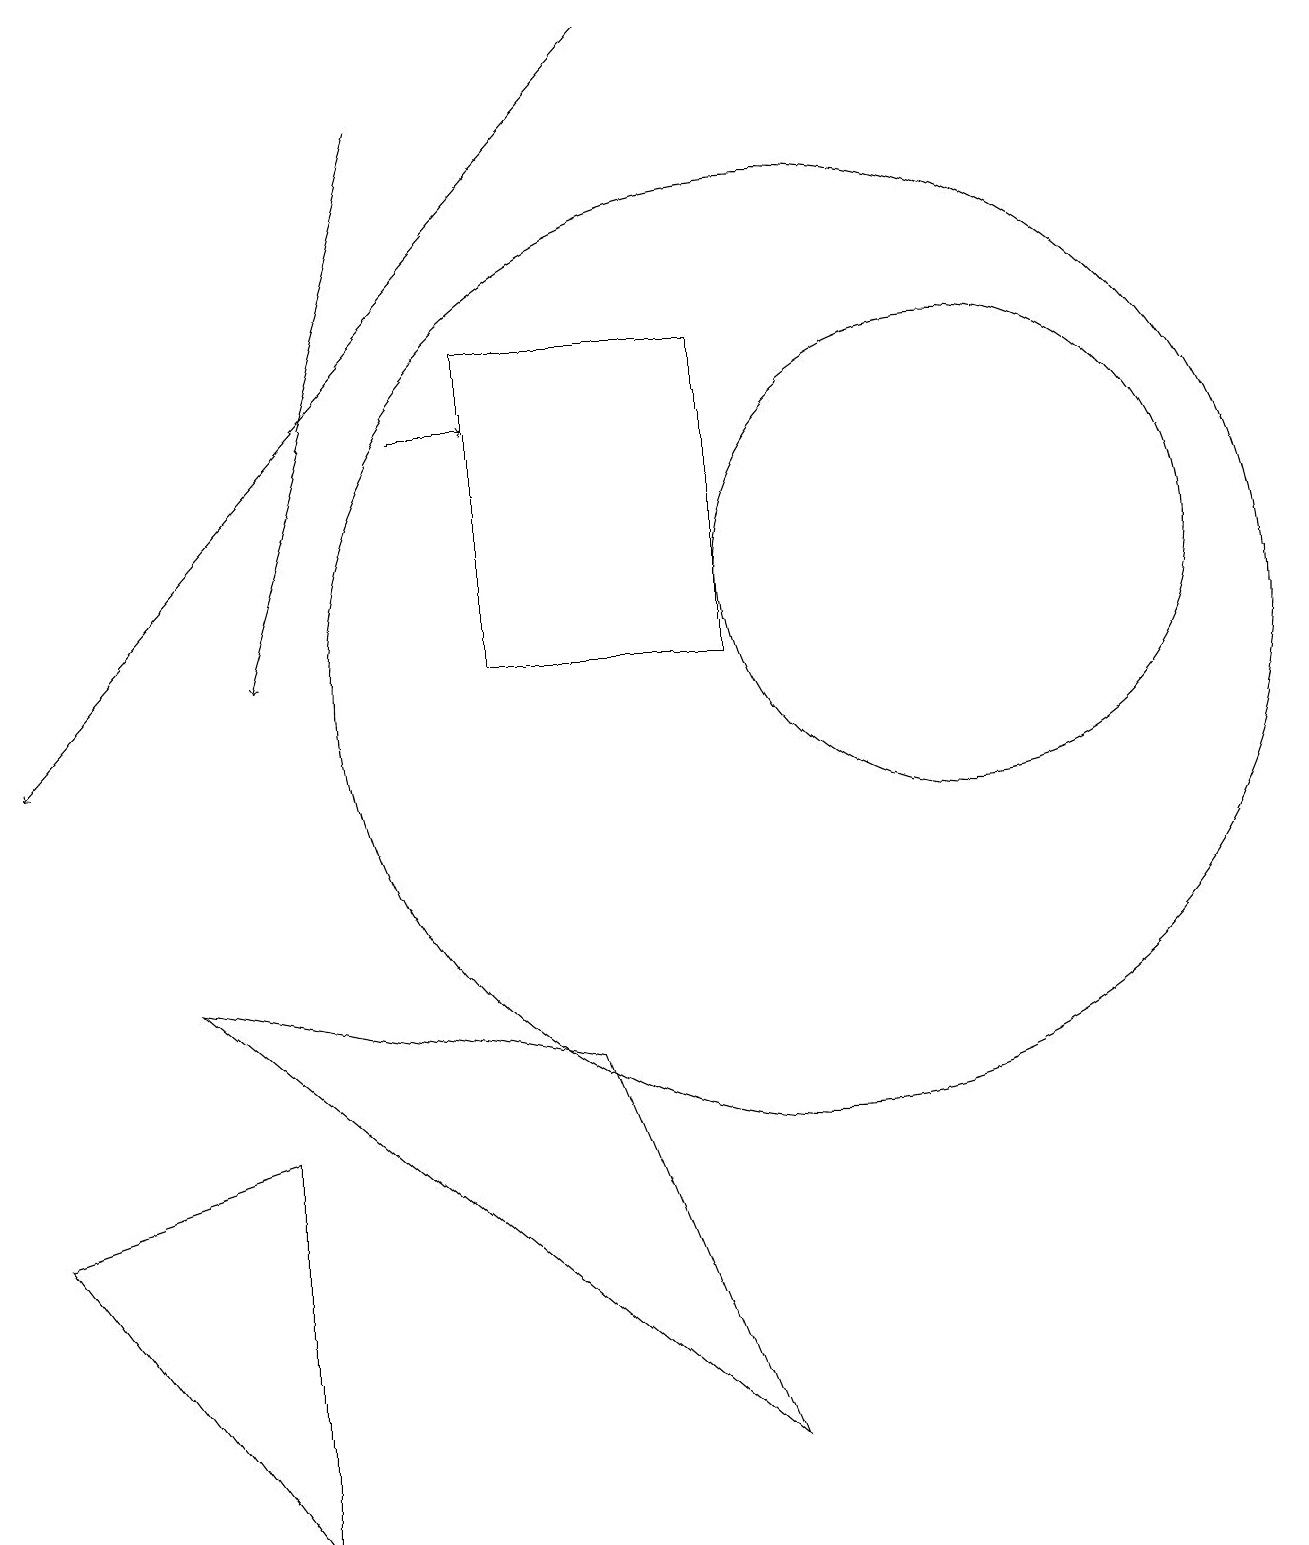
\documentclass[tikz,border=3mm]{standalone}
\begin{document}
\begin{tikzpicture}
\draw (9,1) -- (2,7) -- (7,6) -- cycle;
\draw (10,11) circle (6);
\draw[->] (5,14) -- (6,14);
\draw[->] (8,19) -- (0,10);
\draw (12,12) circle (3);
\draw (9,15) rectangle (6,11);
\draw (3,0) -- (3,5) -- (0,4) -- cycle;
\draw[->] (5,18) -- (3,11);
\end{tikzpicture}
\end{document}